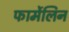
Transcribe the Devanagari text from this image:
फार्मेलिन